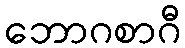
ဘောဂစာဂီ